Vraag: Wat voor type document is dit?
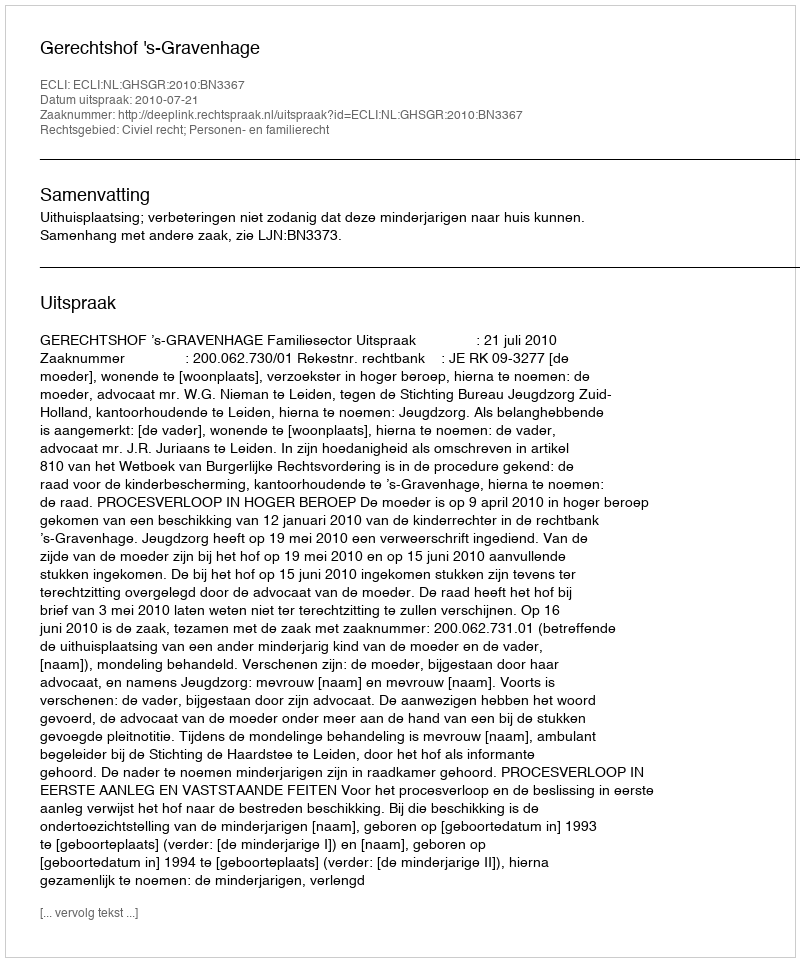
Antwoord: Uitspraak